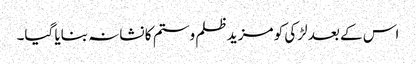
اس کے بعد لڑکی کو مزید ظلم وستم کا نشانہ بنایا گیا۔